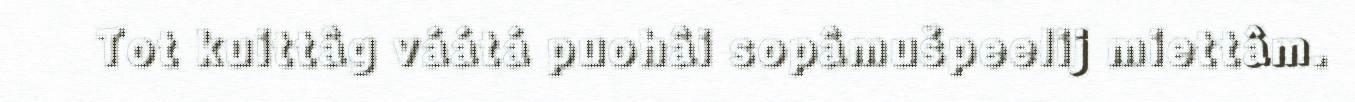
Tot kuittâg váátá puohâi sopâmušpeelij miettâm.